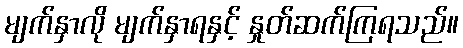
မျက်နှာလို မျက်နှာရနှင့် နှုတ်ဆက်ကြရသည်။